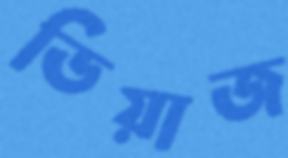
ডিয়াজ